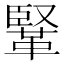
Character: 𩋆